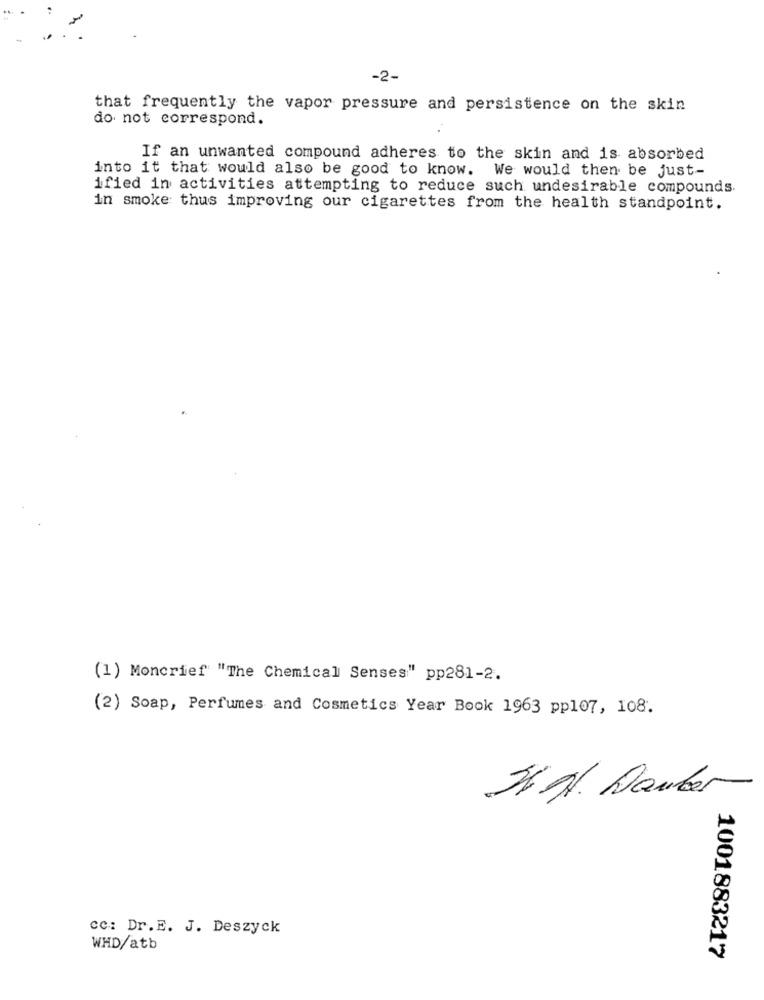
-2-
that frequently the vapor pressure and persistence on the skin
do not correspond.
If an unwanted compound adheres to the skin and is absorbed
into it that would also be good to know. We would then be just-
ified in activities attempting to reduce such undesirable compounds.
in smoke thus improving our cigarettes from the health standpoint.
(1) Moncrief "The Chemical Senses" pp281-2.
(2) Soap, Perfumes and Cosmetics Year Book 1963 pp107, 108.
26 9. Hauber
cc: Dr.E. J. Deszyck
WHD/atb
1001883217